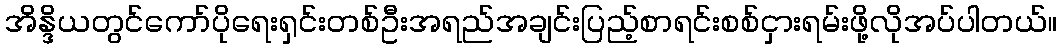
အိန္ဒိယတွင်ကော်ပိုရေးရှင်းတစ်ဦးအရည်အချင်းပြည့်စာရင်းစစ်ငှားရမ်းဖို့လိုအပ်ပါတယ်။